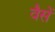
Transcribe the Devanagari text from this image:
वैसें